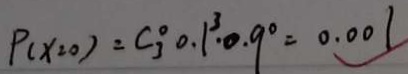
P ( x = 0 ) = C _ { 3 } ^ { 0 } 0 . 1 ^ { 3 } \cdot 0 . 9 ^ { 0 } = 0 . 0 0 1